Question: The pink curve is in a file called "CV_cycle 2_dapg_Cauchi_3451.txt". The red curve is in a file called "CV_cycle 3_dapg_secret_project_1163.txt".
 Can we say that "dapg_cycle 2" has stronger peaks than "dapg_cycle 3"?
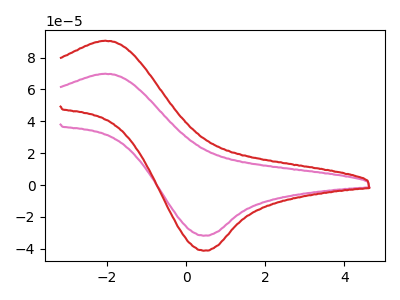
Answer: <think>The pink curve "dapg_cycle 2" has an anodic peak at (-2.05V, 69.85uA) and a cathodic peak at (0.40V, -31.75uA). The red curve "dapg_cycle 3" has an anodic peak at (-2.05V, 90.55uA) and a cathodic peak at (0.40V, -41.15uA).</think>
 <answer>Every peak in "dapg_cycle 2" is lower than every peak in "dapg_cycle 3".</answer>
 <eval>lower</eval>